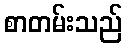
စာတမ်းသည်